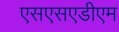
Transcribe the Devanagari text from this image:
एसएसएडीएम